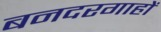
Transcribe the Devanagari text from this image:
बनदरगाहों